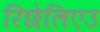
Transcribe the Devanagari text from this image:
रिछेलिएउ